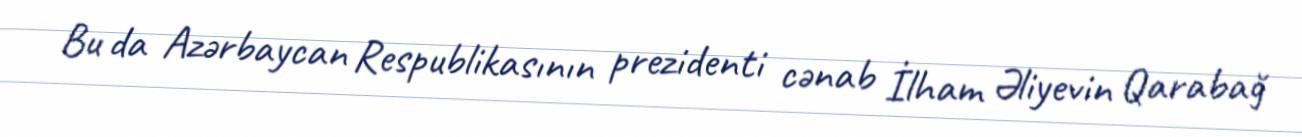
Bu da Azərbaycan Respublikasının prezidenti cənab İlham Əliyevin Qarabağ